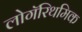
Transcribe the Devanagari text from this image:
लोगॅरिथमिक